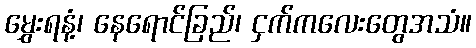
မွှေးရနံ့၊ နေရောင်ခြည်၊ ငှက်ကလေးတွေအသံ။